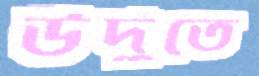
উর্দুতে